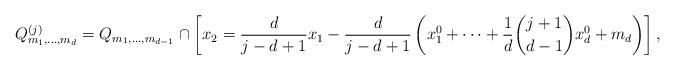
LaTeX: \begin{align*}Q_{m_{1},\ldots,m_{d}}^{(j)}=Q_{m_{1},\ldots,m_{d-1}}\cap\left[x_{2}=\frac{d}{j-d+1}x_{1}-\frac{d}{j-d+1}\left(x_{1}^{0}+\cdots+\frac{1}{d}\binom{j+1}{d-1}x_{d}^{0}+m_{d}\right)\right],\end{align*}